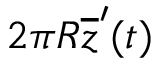
2 \pi R \overline { { z } } ^ { \prime } ( t )